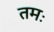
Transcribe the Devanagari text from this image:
तमः